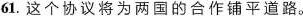
)61.这个协议将为两国的合作铺平道路。